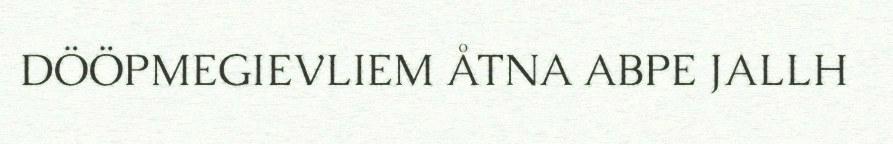
DÖÖPMEGIEVLIEM ÅTNA ABPE JALLH